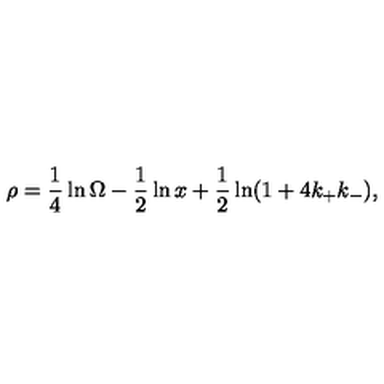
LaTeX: \rho = \frac { 1 } { 4 } \ln \Omega - \frac { 1 } { 2 } \ln x + \frac { 1 } { 2 } \ln ( 1 + 4 k _ { + } k _ { - } ) ,